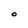
Character: O